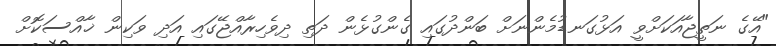
"އޭގެ ނަތީޖާއަކަށްވީ އަޅުގަނޑުމެންނަށް ބަންދުގައި ގެންގުޅެން ދަތި ދިވެހިރާއްޖޭގައި އަދި ވަކިން ޚާއްސަކޮށް